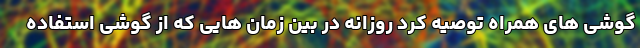
گوشی های همراه توصیه کرد روزانه در بین زمان هایی که از گوشی استفاده